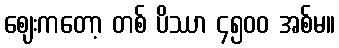
ဈေးကတော့ တစ် ပိဿာ ၄၅၀၀ အစ်မ။